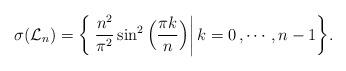
LaTeX: \begin{align*}\sigma(\mathcal L_n)=\bigg\{\left. \frac{n^2}{\pi^2} \sin^2\Big(\frac{\pi k}{n}\Big) \right| k=0\, , \cdots, n-1\bigg\}.\end{align*}